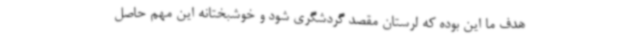
هدف ما این بوده که لرستان مقصد گردشگری شود و خوشبختانه این مهم حاصل